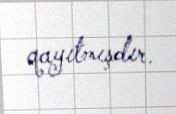
qayıtmışdır.